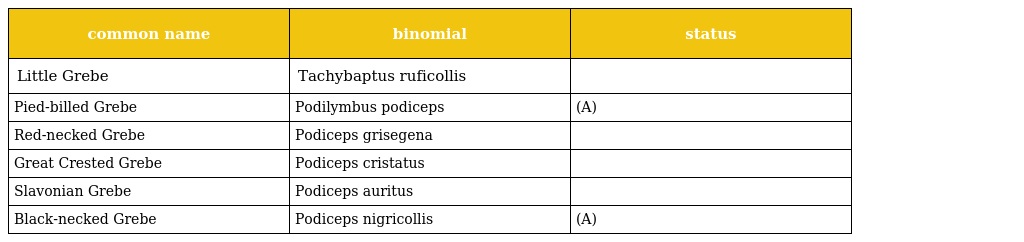
| common name | binomial | status |
 | --- | --- | --- |
 | Little Grebe | Tachybaptus ruficollis |  |
 | Pied-billed Grebe | Podilymbus podiceps | (A) |
 | Red-necked Grebe | Podiceps grisegena |  |
 | Great Crested Grebe | Podiceps cristatus |  |
 | Slavonian Grebe | Podiceps auritus |  |
 | Black-necked Grebe | Podiceps nigricollis | (A) |